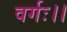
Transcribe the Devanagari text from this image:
वर्गः।।